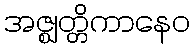
အဇ္ဈတ္တိကာနေဝ